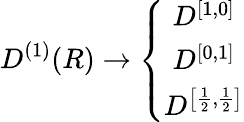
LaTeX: D^{\left(1\right)}(R)\rightarrow\left\{ \begin{array}{c}{{D^{\left[1,0\right]}}}\\ {{D^{\left[0,1\right]}}}\\ {{D^{\left[\frac{1}{2},\frac{1}{2}\right]}}}\end{array}\right.